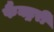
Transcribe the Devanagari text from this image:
फैक्ट्ररी